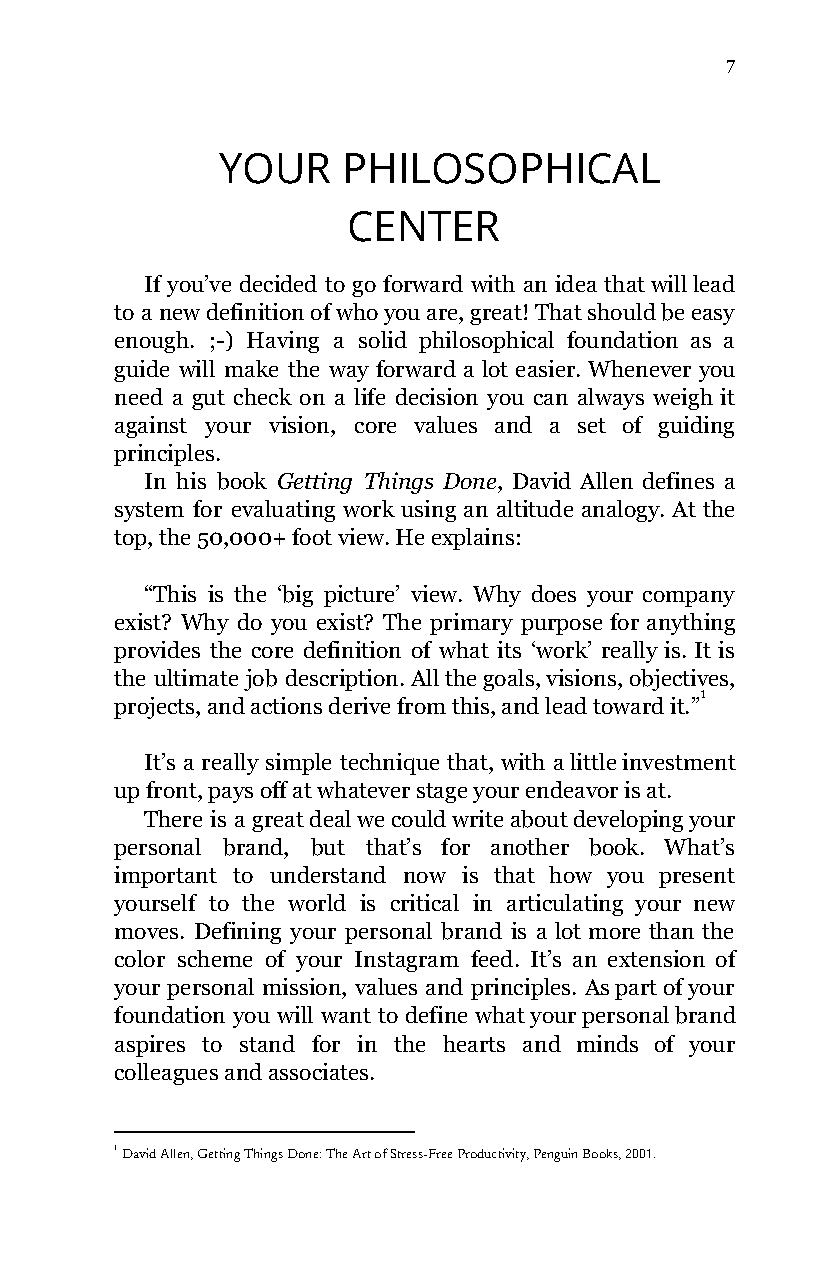
7
 YOUR     PHILOSOPHICAL
 CENTER
 If you’ve decided to go forward with an idea that will lead
 to a new definition of who you are, great! That should be easy
 enough. ;-) Having a solid philosophical foundation as a
 guide will make the way forward a lot easier. Whenever you
 need a gut check on a life decision you can always weigh it
 against your vision, core values and a set of guiding
 principles.
 In his book Getting Things Done, David Allen defines a
 ​              ​
 system for evaluating work using an altitude analogy. At the
 top, the 50,000+ foot view. He explains:
 “This is the ‘big picture’ view. Why does your company
 exist? Why do you exist? The primary purpose for anything
 provides the core definition of what its ‘work’ really is. It is
 the ultimate job description. All the goals, visions, objectives,
 projects, and actions derive from this, and lead toward
 it.”1
 It’s a really simple technique that, with a little investment
 up front, pays off at whatever stage your endeavor is at.
 There is a great deal we could write about developing your
 personal brand, but that’s for another book. What’s
 important to understand now is that how you present
 yourself to the world is critical in articulating your new
 moves. Defining your personal brand is a lot more than the
 color scheme of your Instagram feed. It’s an extension of
 your personal mission, values and principles. As part of your
 foundation you will want to define what your personal brand
 aspires to stand for in the hearts and minds of your
 colleagues and associates.
 1 David Allen, Getting Things Done: The Art of Stress-Free Productivity, Penguin Books, 2001.